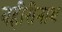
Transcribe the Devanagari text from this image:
बहीरीनाथ